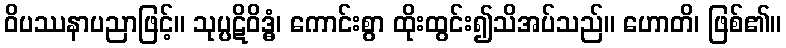
ဝိပဿနာပညာဖြင့်။ သုပ္ပဋိဝိဒ္ဓံ၊ ကောင်းစွာ ထိုးထွင်း၍သိအပ်သည်။ ဟောတိ၊ ဖြစ်၏။